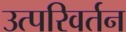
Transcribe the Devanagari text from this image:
उत्परिवर्तन